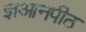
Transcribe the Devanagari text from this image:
ज्ञआनपीठ